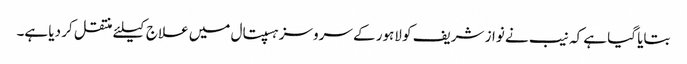
بتایا گیا ہے کہ نیب نے نواز شریف کو لاہور کے سروسز ہسپتال میں علاج کیلئے منتقل کر دیا ہے۔